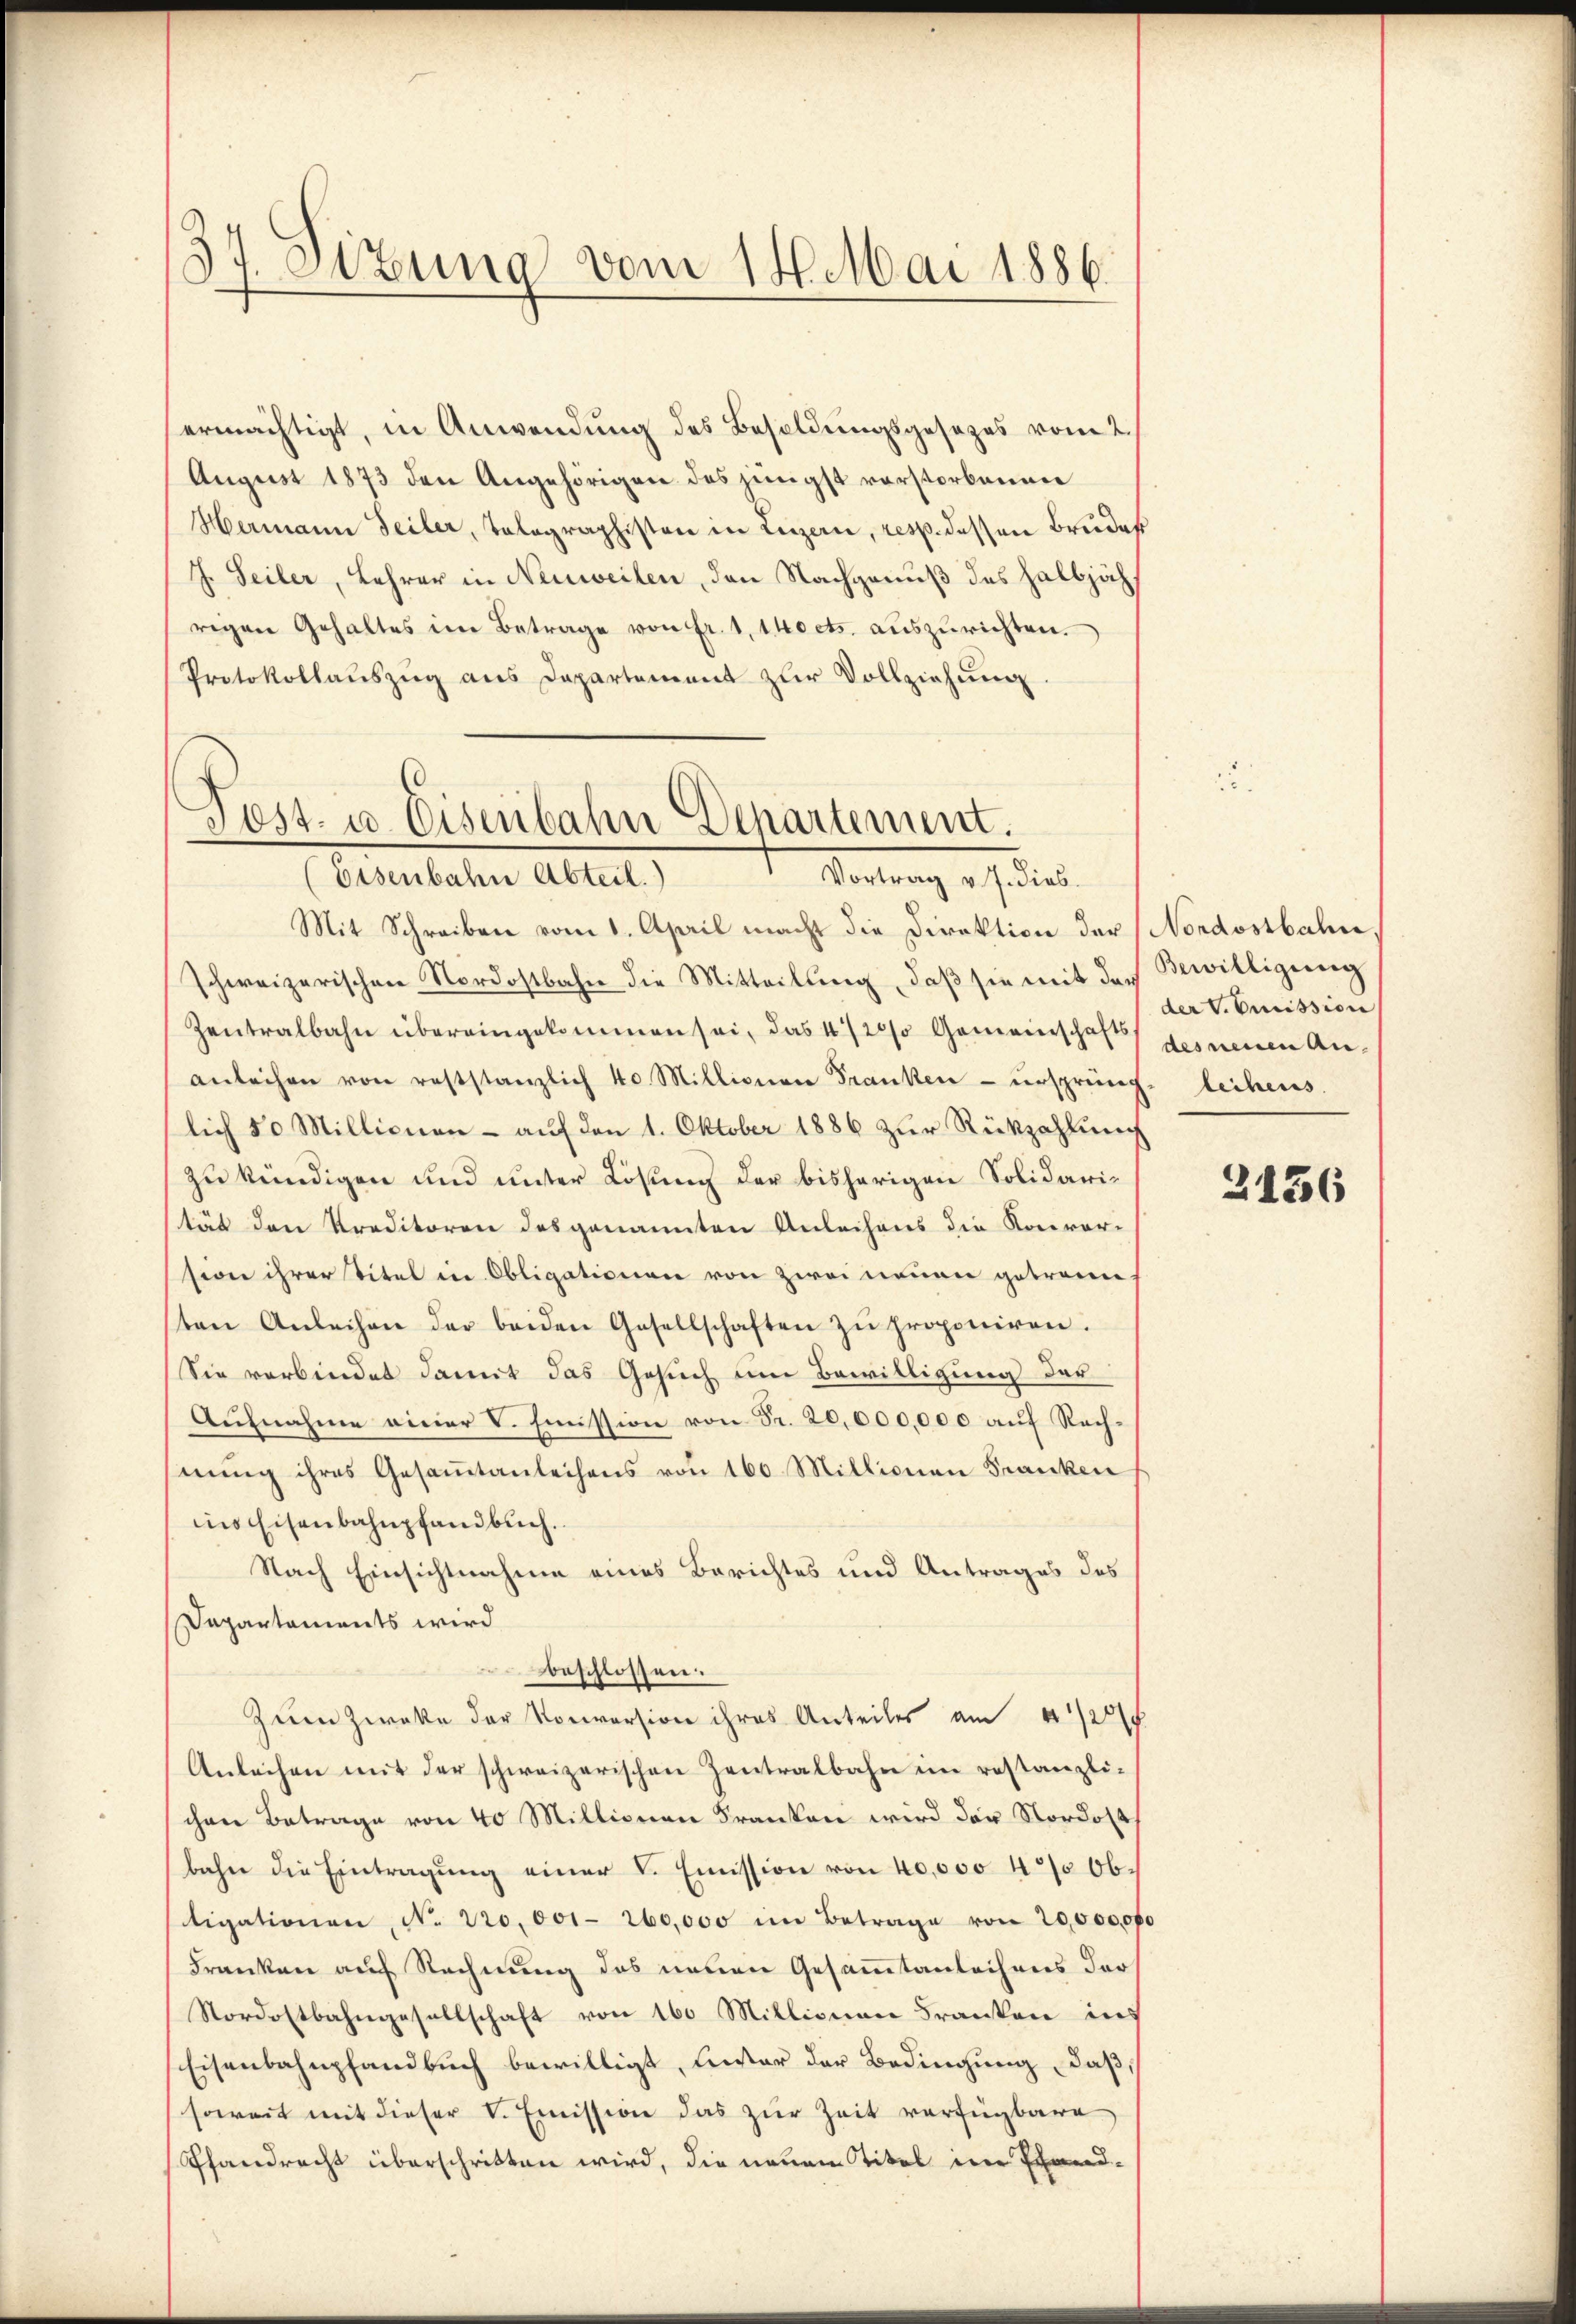
37. Sitzung vom 14. Mai 1886.

ermächtigt, in Anwendung des Besoldungsgesezes vom 2.
August 1873 den Angehörigen des jüngst vorstorbenen
Hermann Teiler, Tolographisten in Luzern, resp. dessen Bruder
J. Seiler, Lehrer in Neuweilen, den Nachgenuß des halbjährigen Gehaltes im Betrage von Fr. 1, 140 cts. auszurichten.
Protokollaŭszŭg ans Departement zŭr Vollziehŭng

Post- u. Eisenbahn Departement.
(Eisenbahn Abteil.
Vortrag v. J. dies

Mit Schreiben vom 1. April macht die Direktion der Nordostbahn
schweizerischen Nordostbahn die Mitteilŭng, daβ sie mit der Bewilligung
Zentralbahn übereingekommen sei, das 4/20/0 Gemeinschaft gerneuen Ananleihen von reststanzlich 40 Millionen Franken ursprüng- leihens.
lich 50 Millionen - auf den 1. Oktober 1886 zur Rückzahlung
zu kündigen und unter Lösung der bisherigen Solidaristät den Kreditoren des genannten Anleihens die Konversion ihrer Titel in Obligationen von zwei neuen getraue
ten Anleihen der beiden Gesellschaften zŭ proponiren.
Sie verbindet damit das Gesuch um Bewilligung der
Aufnahme einer V. Immission von Fr. 20,000,000 auf Rechnŭng ihres Gesamtanleihens von 160. Millionen Franken
ins Eisenbahnpfandbuch.
Nach Einsichtnahme eines Berichtes und Antrages des
Dapartaments wird
beschlossen.
Zum Zwecke der Konversion ihres Anteiles am 4 1/2
Anleihen mit der schweizerischen Zentralbahn im restanzli-
schen Betrage von 40 Millionen Franken wird der Nordost
bahn die Eintragŭng einer V. Emission von 40,000 4% Obligationen, No 220,001. 260,000 im Betrage von 20,000000
Franken auf Rechnung des neuen Gesammtanleihens der
Nordostbahngesellschaft von 160 Millionen Franken ins
Eisenbahnpfandbuch bewilligt, liester der Bedingung, daß
soweit mit dieser V. Emission das zur Zeit verfügbare
Pfandrecht überschritten wird, die neuen Titel in Pfand-

der V. Emission

2156